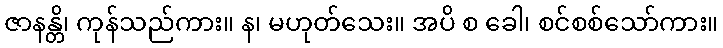
ဇာနန္တိ၊ ကုန်သည်ကား။ န၊ မဟုတ်သေး။ အပိ စ ခေါ၊ စင်စစ်သော်ကား။